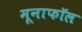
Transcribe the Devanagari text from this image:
मूनाफॉल